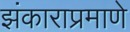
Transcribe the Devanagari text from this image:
झंकाराप्रमाणे